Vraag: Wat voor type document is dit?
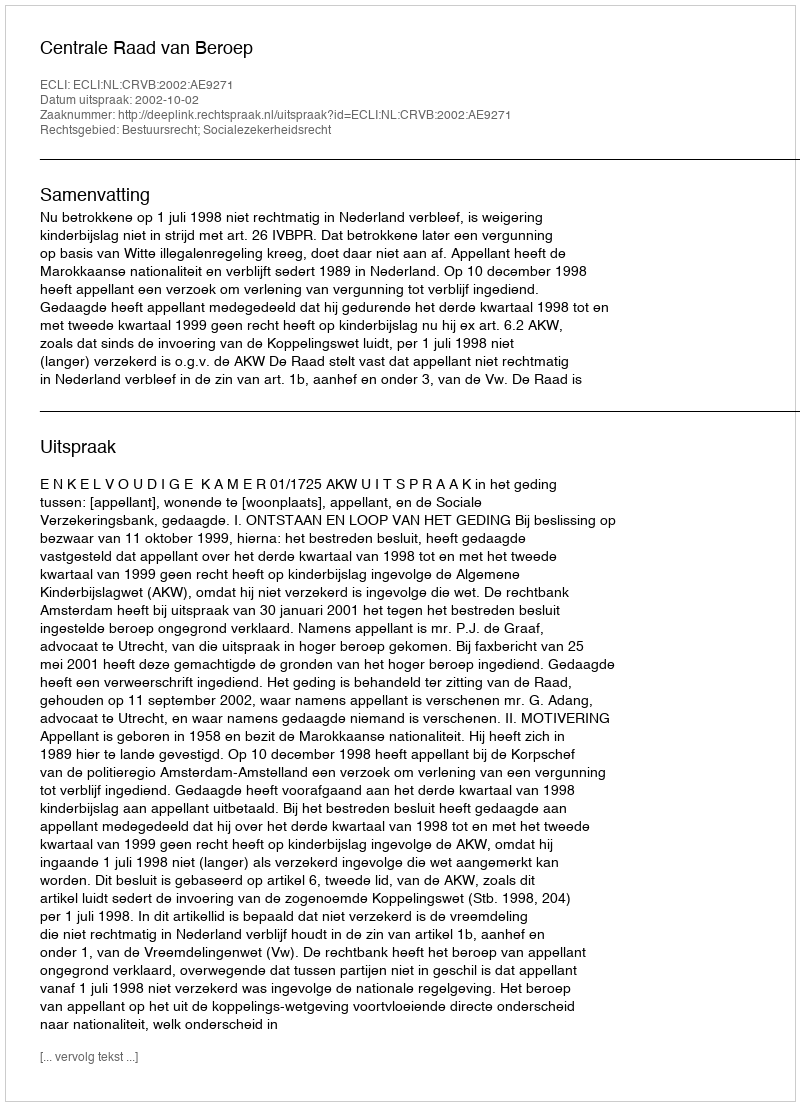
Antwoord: Uitspraak